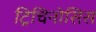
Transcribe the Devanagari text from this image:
ट्रिचिनोसिस